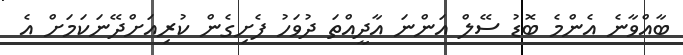
ބާއްވާނެ އެންމެ ބޮޑު ސޭލް އަންނަ އާދީއްތަ ދުވަހު ފެށިގެން ކުރިއަށްދޭނަކަމަށް އެ